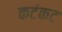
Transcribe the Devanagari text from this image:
कटंकट